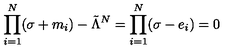
\prod _ { i = 1 } ^ { N } ( \sigma + m _ { i } ) - \tilde { \Lambda } ^ { N } = \prod _ { i = 1 } ^ { N } ( \sigma - e _ { i } ) = 0